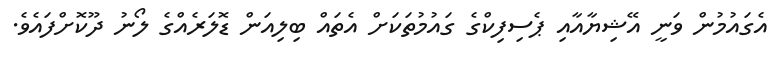
އެގައުމުން ވަނީ އޭޝިޔާއާއި ޕެސިފިކްގެ ގައުމުތަކަށް އެތައް ބިލިއަން ޑޮލަރެއްގެ ލޯނު ދޫކޮށްފައެވެ.